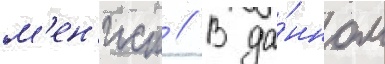
м'ен'иск // В да́нном